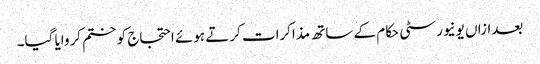
بعدازاں یونیورسٹی حکام کے ساتھ مذاکرات کرتے ہوئے احتجاج کو ختم کروایا گیا۔